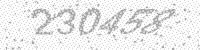
Solution: 230458